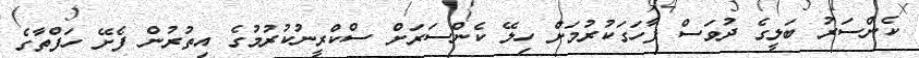
ކެންސަރު ބަލީގެ ދުވަސް ފާހަގަކުރުމަށް ހިލޭ ކެންސަރަށް ސްކްރީނުކުރުމުގެ އިތުރުން ފެށޭ ހަފްތާގެ